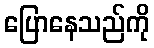
ပြောနေသည်ကို